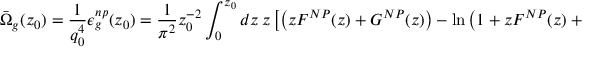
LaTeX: \bar { \Omega } _ { g } ( z _ { 0 } ) = { \frac { 1 } { q _ { 0 } ^ { 4 } } } \epsilon _ { g } ^ { n p } ( z _ { 0 } ) = { \frac { 1 } { \pi ^ { 2 } } } z _ { 0 } ^ { - 2 } \int _ { 0 } ^ { z _ { 0 } } d z \ z \left[ \left( z F ^ { N P } ( z ) + G ^ { N P } ( z ) \right) - \ln \left( 1 + z F ^ { N P } ( z ) + G ^ { N P } ( z ) \right) \right] .